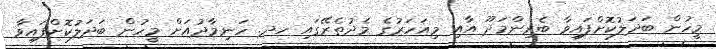
މީހުން ބަދަލުކޮށްފައިވާ ބެރިންމަދޫ އާއި މިއަހަރުގެ މެދުތެރޭގައި ހދ. ހަނިމާދުއަށް މީހުން ބަދަލުކޮށްފައިވާ